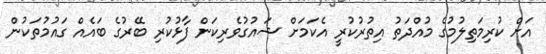
އަށް ކުރިމަތިލުމުގެ މުއްދަތު އިތުރުކުރީ އެކަމަށް ޝައުގުވެރިކަން ފާޅުކުރި ބޭރުގެ ބައެއް ގައުމުތަކުން